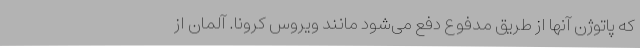
که پاتوژن آنها از طریق مدفوع دفع می‌شود مانند ویروس کرونا. آلمان از